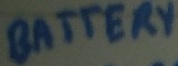
Text: BATTERY